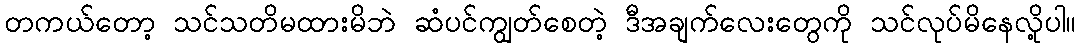
တကယ်တော့ သင်သတိမထားမိဘဲ ဆံပင်ကျွတ်စေတဲ့ ဒီအချက်လေးတွေကို သင်လုပ်မိနေလို့ပါ။